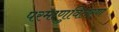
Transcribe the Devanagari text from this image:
परमाणुवितरण